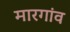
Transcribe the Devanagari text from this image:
मारगांव